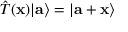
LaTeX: { \hat { T } } ( \mathbf { x } ) | \mathbf { a } \rangle = | \mathbf { a } + \mathbf { x } \rangle